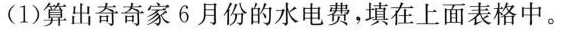
(1)算出奇奇家6月份的水电费，填在上面表格中。